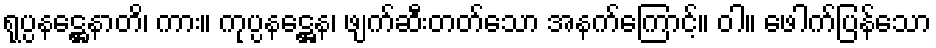
ရုပ္ပနဋ္ဌေနာတိ၊ ကား။ ကုပ္ပနဋ္ဌေန၊ ဖျက်ဆီးတတ်သော အနက်ကြောင့်။ ဝါ။ ဖေါက်ပြန်သော